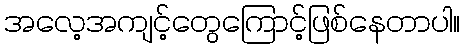
အလေ့အကျင့်တွေကြောင့်ဖြစ်နေတာပါ။